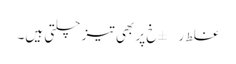
غلط ر±خ پر بھی تیز چلتی ہیں۔